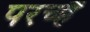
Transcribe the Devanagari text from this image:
परच्हैं